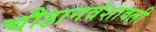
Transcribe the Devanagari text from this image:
चौहानवंशावली